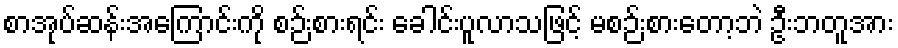
စာအုပ်ဆန်းအကြောင်းကို စဉ်းစားရင်း ခေါင်းပူလာသဖြင့် မစဉ်းစားတော့ဘဲ ဦးဘတူအား